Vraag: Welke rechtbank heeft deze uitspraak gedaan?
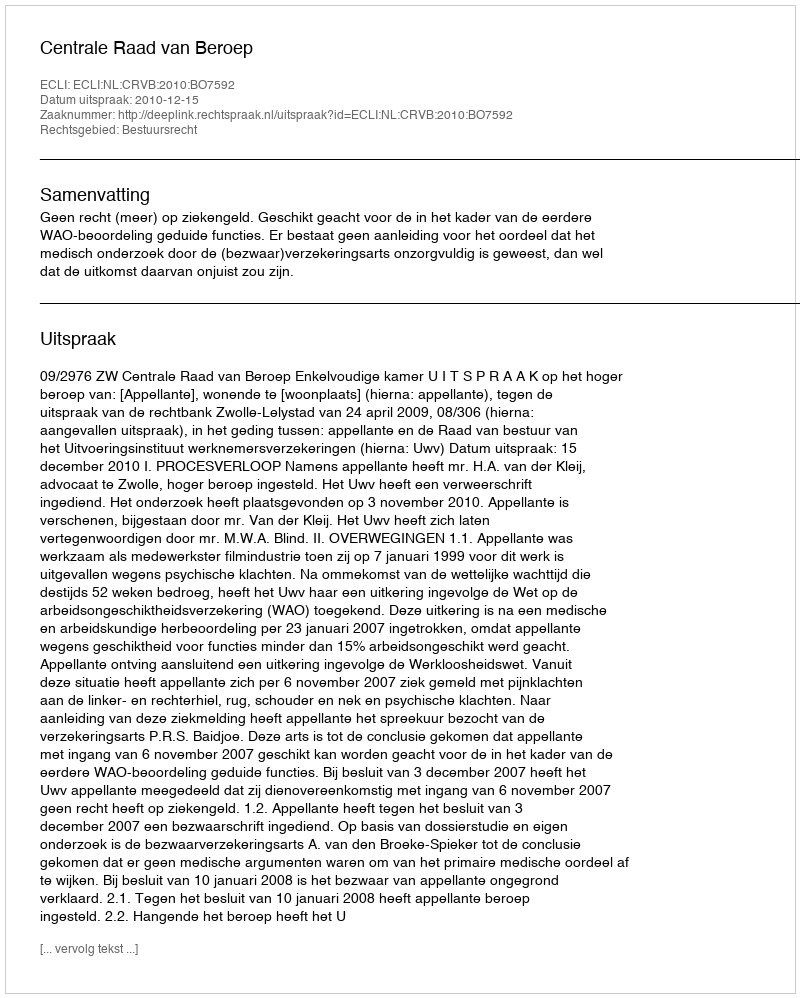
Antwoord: Centrale Raad van Beroep